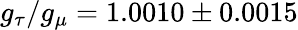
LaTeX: g_{\tau}/g_{\mu}=1.0010\pm 0.0015